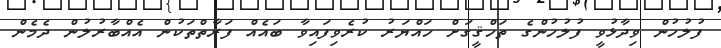
ފުލުހުން ވިދާޅުވީ ފުލުހުންގެ ތަހްޤީގަށް ހައްޔަރު ކުރެވިފައިވާ ބައެއް ފަރާތްތަކުން އެއްބާރުލުން ދެމެން